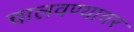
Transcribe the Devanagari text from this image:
चालवण्यावर